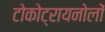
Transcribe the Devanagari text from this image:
टोकोट्रायनोलों